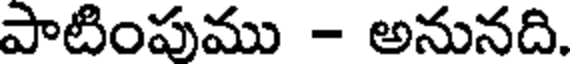
పాటింపుము - అనునది.